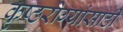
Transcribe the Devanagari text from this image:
कृष्ठरोग्यांसाठी